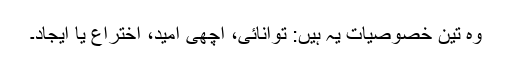
وہ تین خصوصیات یہ ہیں: توانائی، اچھی امید، اختراع یا ایجاد۔